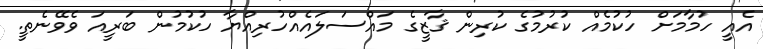
އެއީ ހުމާމަށް ހުކުމެއް ކުރުމުގެ ކުރިން ޤާޒީގެ މައްސަލައެއްހުރިއްޔާ ހުކުމުން ބަރީއަ ވެވޭނެތީ.